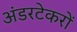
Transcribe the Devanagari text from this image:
अंडरटेकरों